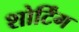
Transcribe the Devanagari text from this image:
शोर्टिंग